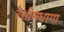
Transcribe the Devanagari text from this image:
रेशीमधागा